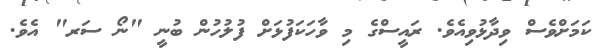
ކަމަށްވެސް ވިދާޅުވިއެވެ. ރައީސްގެ މި ވާހަކަފުޅަށް ފުލުހުން ބުނީ "ނޯ ސަރ" އެވެ.